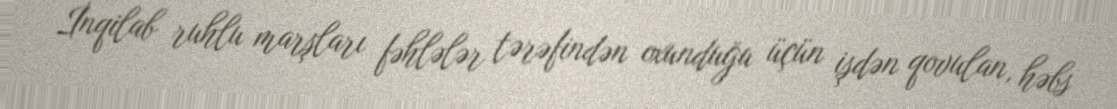
İnqilab ruhlu marşları fəhlələr tərəfindən oxunduğu üçün işdən qovulan, həbs